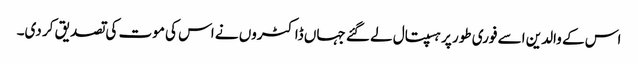
اس کے والدین اسے فوری طور پر ہسپتال لے گئے جہاں ڈاکٹروں نے اس کی موت کی تصدیق کر دی۔